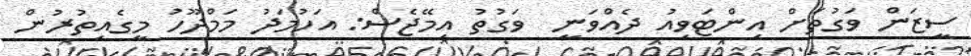
ސީޒަން ވަގުތަށް އިންޓަވިއު ދެއްވަނީ  ވަގުތު އިމޭޖެސް: އަހުމަދު މަމްދޫހު މީގެއިތުރުން